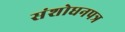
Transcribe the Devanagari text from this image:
संशोधनपत्र